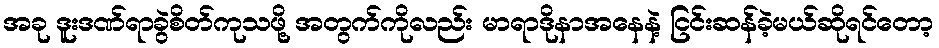
အခု ဒူးဒဏ်ရာခွဲစိတ်ကုသဖို့ အတွက်ကိုလည်း မာရာဒိုနာအနေနဲ့ ငြင်းဆန်ခဲ့မယ်ဆိုရင်တော့